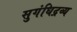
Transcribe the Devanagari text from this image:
सुगंधिद्रव्य